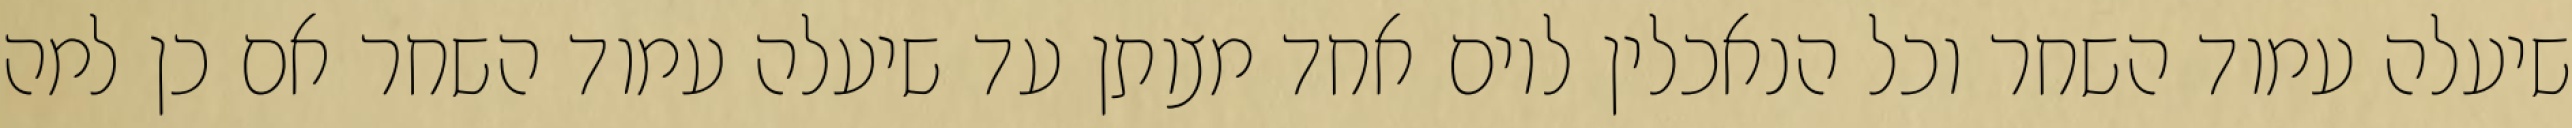
שיעלה עמוד השחר וכל הנאכלין ליום אחד מצותן עד שיעלה עמוד השחר אם כן למה